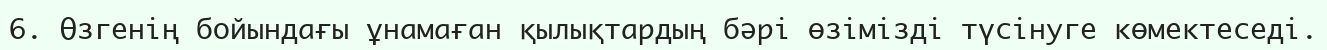
6. Өзгенің бойындағы ұнамаған қылықтардың бәрі өзімізді түсінуге көмектеседі.